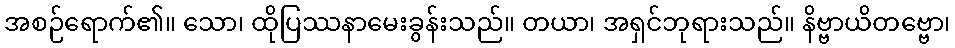
အစဉ်ရောက်၏။ သော၊ ထိုပြဿနာမေးခွန်းသည်။ တယာ၊ အရှင်ဘုရားသည်။ နိဗ္ဗာယိတဗ္ဗော၊